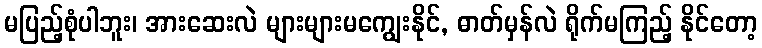
မပြည့်စုံပါဘူး၊ အားဆေးလဲ များများမကျွေးနိုင်, ဓာတ်မှန်လဲ ရိုက်မကြည့် နိုင်တော့